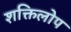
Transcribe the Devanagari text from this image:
शक्तिलोप